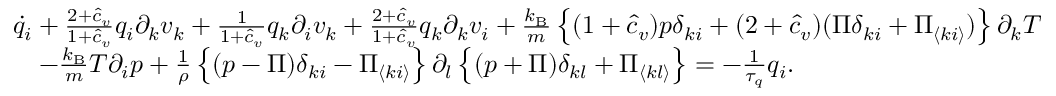
\begin{array} { r l } & { { \dot { q } _ { i } + \frac { 2 + \hat { c } _ { v } } { 1 + \hat { c } _ { v } } q _ { i } \partial _ { k } v _ { k } + \frac { 1 } { 1 + \hat { c } _ { v } } q _ { k } \partial _ { i } v _ { k } + \frac { 2 + \hat { c } _ { v } } { 1 + \hat { c } _ { v } } q _ { k } \partial _ { k } v _ { i } } + \frac { k _ { \mathrm { B } } } { m } \left\{ ( 1 + \hat { c } _ { v } ) p \delta _ { k i } + ( 2 + \hat { c } _ { v } ) ( \Pi \delta _ { k i } + \Pi _ { \langle k i \rangle } ) \right\} \partial _ { k } T } \\ & { { \quad - \frac { k _ { \mathrm { B } } } { m } T \partial _ { i } p + \frac { 1 } { \rho } \left\{ ( p - \Pi ) \delta _ { k i } - \Pi _ { \langle k i \rangle } \right\} \partial _ { l } \left\{ ( p + \Pi ) \delta _ { k l } + \Pi _ { \langle k l \rangle } \right\} = - \frac { 1 } { \tau _ { q } } q _ { i } . } } \end{array}